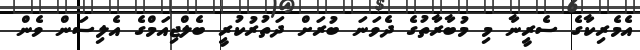
އެމެރިކާގެ ސެރީނާ މި މުބާރާތުގެ ދެވަނަ ބުރަށް ދަތުރުކުރީ ބެލްޖިއަމްގެ އެލިސަން ވެން